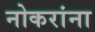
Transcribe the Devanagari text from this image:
नोकरांना